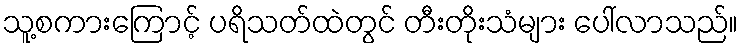
သူ့စကားကြောင့် ပရိသတ်ထဲတွင် တီးတိုးသံများ ပေါ်လာသည်။